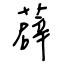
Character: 薜